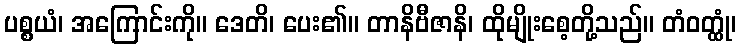
ပစ္စယံ၊ အကြောင်းကို။ ဒေတိ၊ ပေး၏။ တာနိဗီဇာနိ၊ ထိုမျိုးစေ့တို့သည်။ တံဝတ္ထုံ၊